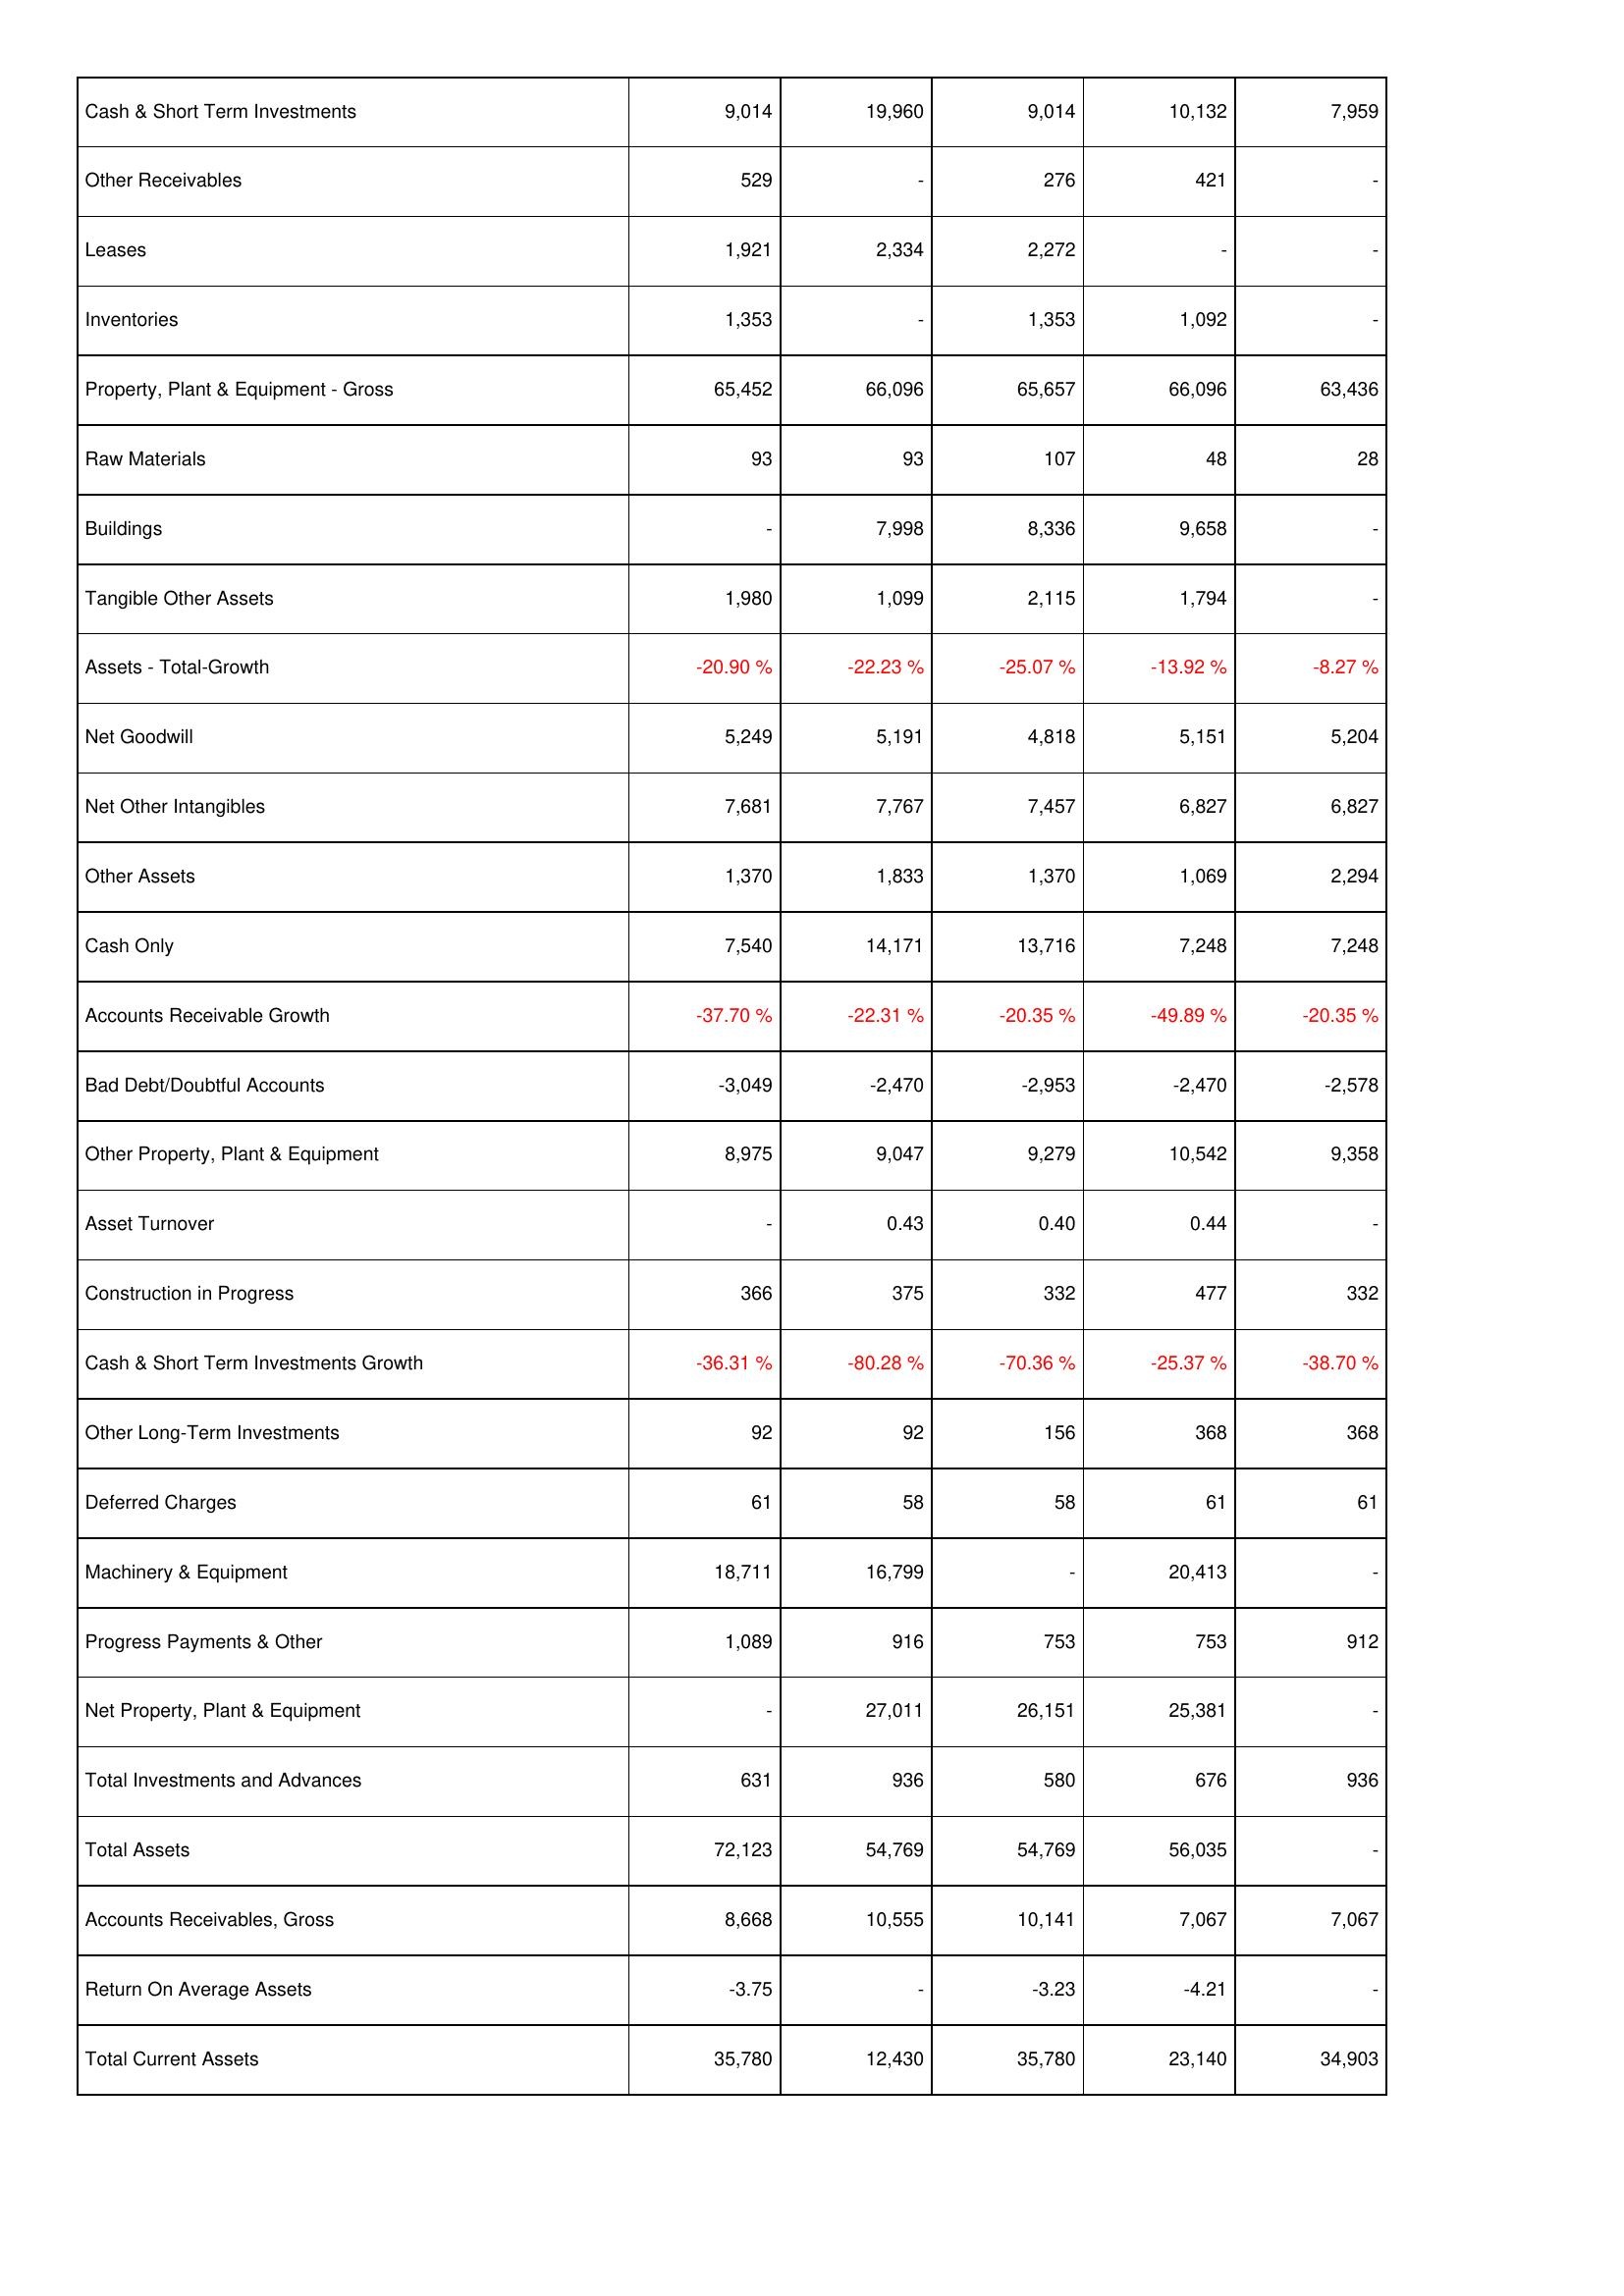
2019: Assets: Cash & Short Term Investments: 9,014
Other Receivables: 529
Leases: 1,921
Inventories: 1,353
Property, Plant & Equipment - Gross: 65,452
Raw Materials: 93
Buildings: -
Tangible Other Assets: 1,980
Assets - Total-Growth: -20.90 %
Net Goodwill: 5,249
Net Other Intangibles: 7,681
Other Assets: 1,370
Cash Only: 7,540
Accounts Receivable Growth: -37.70 %
Bad Debt/Doubtful Accounts: -3,049
Other Property, Plant & Equipment: 8,975
Asset Turnover: -
Construction in Progress: 366
Cash & Short Term Investments Growth: -36.31 %
Other Long-Term Investments: 92
Deferred Charges: 61
Machinery & Equipment: 18,711
Progress Payments & Other: 1,089
Net Property, Plant & Equipment: -
Total Investments and Advances: 631
Total Assets: 72,123
Accounts Receivables, Gross: 8,668
Return On Average Assets: -3.75
Total Current Assets: 35,780
2020: Assets: Cash & Short Term Investments: 19,960
Other Receivables: -
Leases: 2,334
Inventories: -
Property, Plant & Equipment - Gross: 66,096
Raw Materials: 93
Buildings: 7,998
Tangible Other Assets: 1,099
Assets - Total-Growth: -22.23 %
Net Goodwill: 5,191
Net Other Intangibles: 7,767
Other Assets: 1,833
Cash Only: 14,171
Accounts Receivable Growth: -22.31 %
Bad Debt/Doubtful Accounts: -2,470
Other Property, Plant & Equipment: 9,047
Asset Turnover: 0.43
Construction in Progress: 375
Cash & Short Term Investments Growth: -80.28 %
Other Long-Term Investments: 92
Deferred Charges: 58
Machinery & Equipment: 16,799
Progress Payments & Other: 916
Net Property, Plant & Equipment: 27,011
Total Investments and Advances: 936
Total Assets: 54,769
Accounts Receivables, Gross: 10,555
Return On Average Assets: -
Total Current Assets: 12,430
2021: Assets: Cash & Short Term Investments: 9,014
Other Receivables: 276
Leases: 2,272
Inventories: 1,353
Property, Plant & Equipment - Gross: 65,657
Raw Materials: 107
Buildings: 8,336
Tangible Other Assets: 2,115
Assets - Total-Growth: -25.07 %
Net Goodwill: 4,818
Net Other Intangibles: 7,457
Other Assets: 1,370
Cash Only: 13,716
Accounts Receivable Growth: -20.35 %
Bad Debt/Doubtful Accounts: -2,953
Other Property, Plant & Equipment: 9,279
Asset Turnover: 0.40
Construction in Progress: 332
Cash & Short Term Investments Growth: -70.36 %
Other Long-Term Investments: 156
Deferred Charges: 58
Machinery & Equipment: -
Progress Payments & Other: 753
Net Property, Plant & Equipment: 26,151
Total Investments and Advances: 580
Total Assets: 54,769
Accounts Receivables, Gross: 10,141
Return On Average Assets: -3.23
Total Current Assets: 35,780
2022: Assets: Cash & Short Term Investments: 10,132
Other Receivables: 421
Leases: -
Inventories: 1,092
Property, Plant & Equipment - Gross: 66,096
Raw Materials: 48
Buildings: 9,658
Tangible Other Assets: 1,794
Assets - Total-Growth: -13.92 %
Net Goodwill: 5,151
Net Other Intangibles: 6,827
Other Assets: 1,069
Cash Only: 7,248
Accounts Receivable Growth: -49.89 %
Bad Debt/Doubtful Accounts: -2,470
Other Property, Plant & Equipment: 10,542
Asset Turnover: 0.44
Construction in Progress: 477
Cash & Short Term Investments Growth: -25.37 %
Other Long-Term Investments: 368
Deferred Charges: 61
Machinery & Equipment: 20,413
Progress Payments & Other: 753
Net Property, Plant & Equipment: 25,381
Total Investments and Advances: 676
Total Assets: 56,035
Accounts Receivables, Gross: 7,067
Return On Average Assets: -4.21
Total Current Assets: 23,140
2023: Assets: Cash & Short Term Investments: 7,959
Other Receivables: -
Leases: -
Inventories: -
Property, Plant & Equipment - Gross: 63,436
Raw Materials: 28
Buildings: -
Tangible Other Assets: -
Assets - Total-Growth: -8.27 %
Net Goodwill: 5,204
Net Other Intangibles: 6,827
Other Assets: 2,294
Cash Only: 7,248
Accounts Receivable Growth: -20.35 %
Bad Debt/Doubtful Accounts: -2,578
Other Property, Plant & Equipment: 9,358
Asset Turnover: -
Construction in Progress: 332
Cash & Short Term Investments Growth: -38.70 %
Other Long-Term Investments: 368
Deferred Charges: 61
Machinery & Equipment: -
Progress Payments & Other: 912
Net Property, Plant & Equipment: -
Total Investments and Advances: 936
Total Assets: -
Accounts Receivables, Gross: 7,067
Return On Average Assets: -
Total Current Assets: 34,903